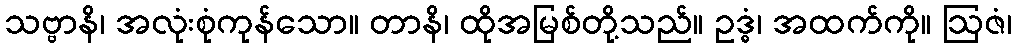
သဗ္ဗာနိ၊ အလုံးစုံကုန်သော။ တာနိ၊ ထိုအမြစ်တို့သည်။ ဥဒ္ဓံ၊ အထက်ကို။ ဩဇံ၊